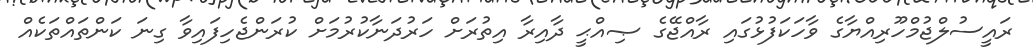
ރައީސުލްޖުމްހޫރިއްޔާގެ ވާހަކަފުޅުގައި ރާއްޖޭގެ ޞިއްޙީ ދާއިރާ އިތުރަށް ހަރުދަނާކުރުމަށް ކުރަންޖެހިފައިވާ ގިނަ ކަންތައްތަކެއް